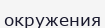
окружения